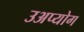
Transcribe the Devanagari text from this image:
उअप्योग